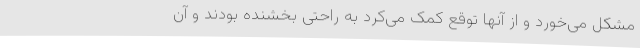
مشکل می‌خورد و از آنها توقع کمک می‌کرد به راحتی بخشنده بودند و آن